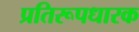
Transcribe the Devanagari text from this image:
प्रतिरूपधारक